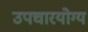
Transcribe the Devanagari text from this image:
उपचारयोग्य